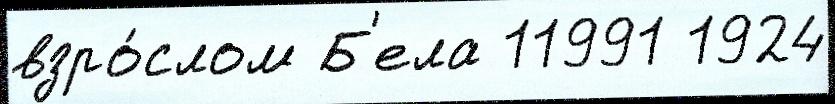
взро́слом Б'ела 11991 1924